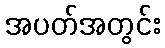
အပတ်အတွင်း